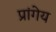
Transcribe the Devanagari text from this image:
प्रांगेय